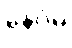
နေဝိဓ